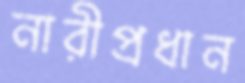
নারীপ্রধান